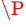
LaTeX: ^\P